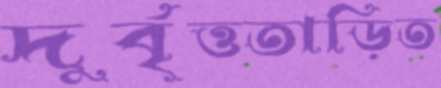
দুর্বৃত্ততাড়িত